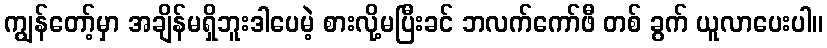
ကျွန်တော့်မှာ အချိန်မရှိဘူးဒါပေမဲ့ စားလို့မပြီးခင် ဘလက်ကော်ဖီ တစ် ခွက် ယူလာပေးပါ။